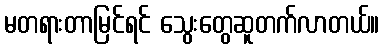
မတရားတာမြင်ရင် သွေးတွေဆူတက်လာတယ်။